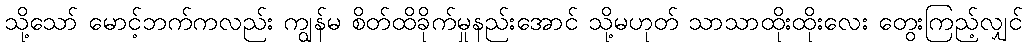
သို့သော် မောင့်ဘက်ကလည်း ကျွန်မ စိတ်ထိခိုက်မှုနည်းအောင် သို့မဟုတ် သာသာထိုးထိုးလေး တွေးကြည့်လျှင်